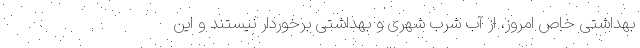
بهداشتی خاص امروز، از آب شرب شهری و بهداشتی برخوردار نیستند و این